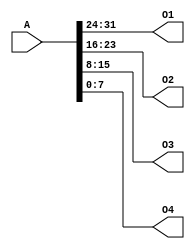
`timescale 1ns / 1ps
//////////////////////////////////////////////////////////////////////////////////
// Company: 
// Engineer: 
// 
// Design Name: 
// Module Name:    splitter 
// Project Name: 
// Target Devices: 
// Tool versions: 
// Description: 
//
// Dependencies: 
//
// Revision: 
// Revision 0.01 - File Created
// Additional Comments: 
//
//////////////////////////////////////////////////////////////////////////////////
module splitter(
    input [31:0] A,
    output [7:0] O1,
    output [7:0] O2,
    output [7:0] O3,
    output [7:0] O4
    );

    assign {O1, O2, O3, O4} = A;

endmodule